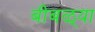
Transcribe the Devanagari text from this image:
बीबळ्या